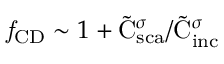
\mathit { f } _ { \mathrm { { C D } } } \sim 1 + { \tilde { \mathrm { { C } } } _ { \mathrm { { s c a } } } ^ { \sigma } } / { \tilde { \mathrm { { C } } } _ { \mathrm { { i n c } } } ^ { \sigma } }